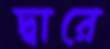
দ্বারে